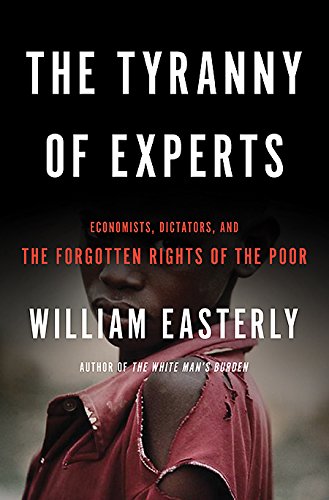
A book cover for The Tyranny of Experts: Economists, Dictators, and the Forgotten Rights of the Poor; William Easterly; Business & Money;